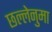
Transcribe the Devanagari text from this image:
छल्लेनुमा